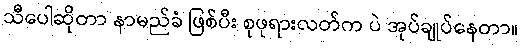
သီပေါဆိုတာ နာမည်ခံ ဖြစ်ပီး စုဖုရားလတ်က ပဲ အုပ်ချုပ်နေတာ။